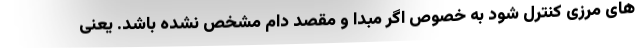
های مرزی کنترل شود به خصوص اگر مبدا و مقصد دام مشخص نشده باشد. یعنی